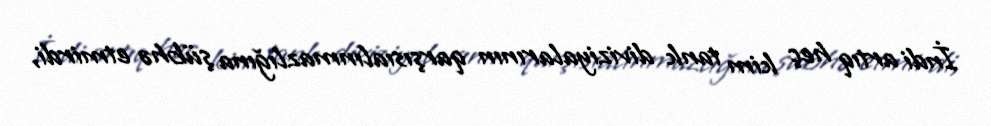
İndi artıq heç kim tank diviziyalarının qarşısıalınmazlığına şübhə etmirdi,